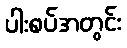
ပါးစပ်အတွင်း